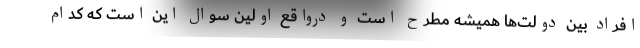
افراد بین دولت‌ها همیشه مطرح است و درواقع اولین سوال این است که کدام